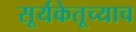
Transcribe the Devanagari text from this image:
सूर्यकेतूच्याच